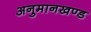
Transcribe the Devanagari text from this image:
अनुमानखण्ड